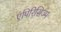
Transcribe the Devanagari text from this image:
एंपिरिसिज्म